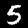
Digit: 5